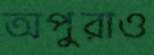
অপুরাও